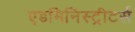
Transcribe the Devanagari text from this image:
एडमिनिस्ट्रीटर्स